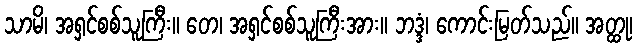
သာမိ၊ အရှင်စစ်သူကြီး။ တေ၊ အရှင်စစ်သူကြီးအား။ ဘဒ္ဒံ၊ ကောင်းမြတ်သည်။ အတ္ထု၊